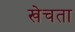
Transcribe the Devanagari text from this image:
खेचता